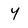
Character: 4